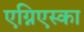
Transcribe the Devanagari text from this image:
एग्निएस्का